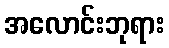
အလောင်းဘုရား